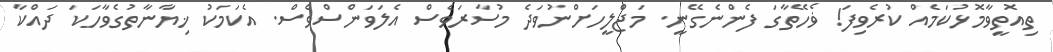
ތިއޮތީވާމޮޅުކަމެއް ކުރެވިފަ! ޥެހޭތާގަ ފެންނެގޭނީ. މަޖްލީހަށްނުވަދެ މުސާރަވެސް އެލަވަންސްވެސް. އެކަމަކު ޚިޔާނާތުގެވާހަކަ ދައްކާ